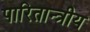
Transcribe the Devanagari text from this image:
पारितान्त्रीय